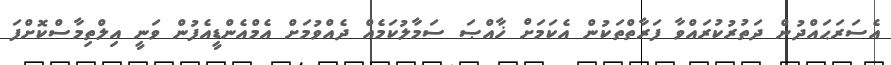
އެސަރަޙައްދުން ދަތުރުކުރައްވާ ފަރާތްތަކުން އެކަމަށް ޚާއްޞަ ސަމާލުކަމެއް ދެއްވުމަށް އެމްއެންޑީއެފުން ވަނީ އިލްތިމާސްކޮށްފަ